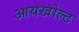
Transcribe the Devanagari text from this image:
आयखोल्ट